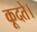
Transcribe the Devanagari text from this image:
कूदते।